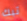
تبك